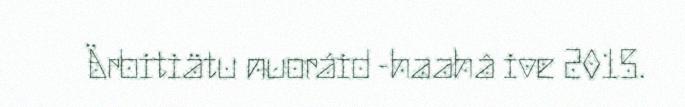
Ärbitiätu nuoráid -haahâ ive 2015.